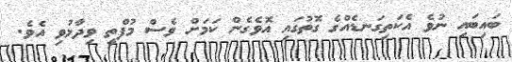
ބައިބައި ނުވެ އެކަތިގަނޑެއްގެ ގޮތުގައި އޮވެގެން ކަމަށް ވެސް މުފްތީ ވިދާޅުވި އެވެ.